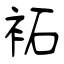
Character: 袥